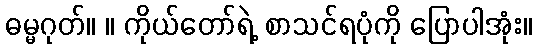
ဓမ္မဂုတ်။ ။ ကိုယ်တော်ရဲ့ စာသင်ရပုံကို ပြောပါအုံး။